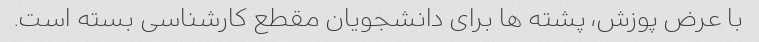
با عرض پوزش، پشته ها برای دانشجویان مقطع کارشناسی بسته است.